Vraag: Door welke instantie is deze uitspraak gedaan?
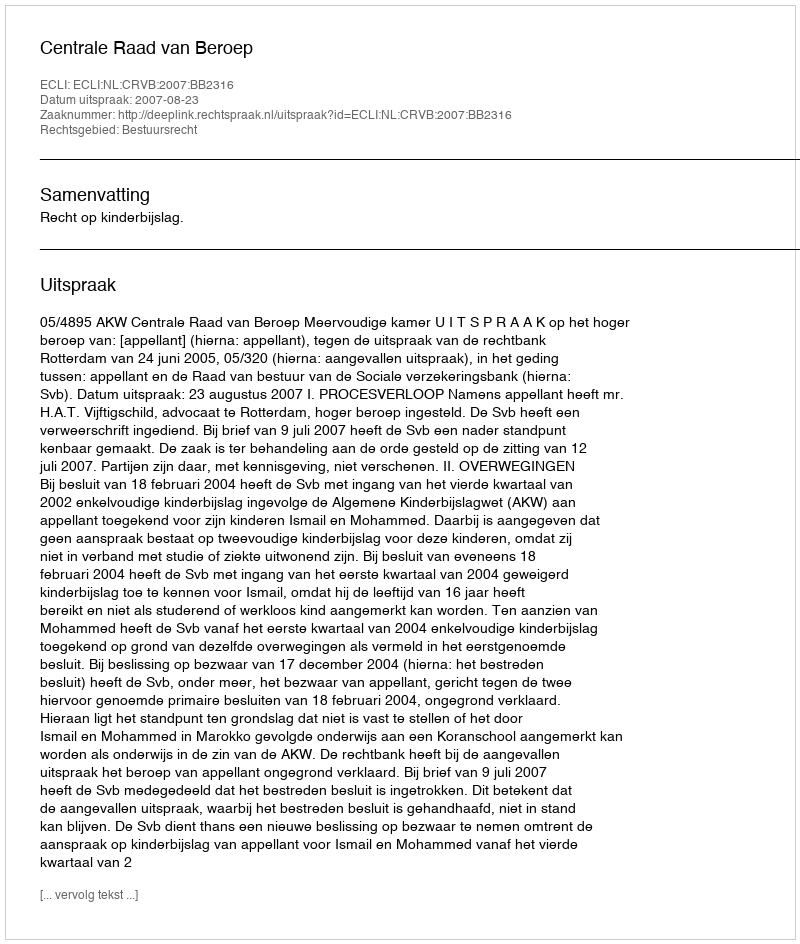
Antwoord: Centrale Raad van Beroep